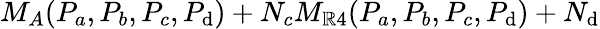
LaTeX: M_{A}(P_{a},P_{b},P_{c},P_{\mathrm{d}})+N_{c}M_{\mathbb{R}4}(P_{a},P_{b},P_{c},P_{\mathrm{d}})+N_{\mathrm{d}}